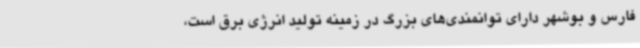
فارس و بوشهر دارای توانمندی‌های بزرگ در زمینه تولید انرژی برق است،